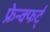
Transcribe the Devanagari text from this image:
फ्रेन्क्फर्ट्